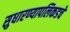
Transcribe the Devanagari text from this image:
सुधारण्यापलिकडचे